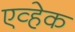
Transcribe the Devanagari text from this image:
एव्हेक